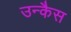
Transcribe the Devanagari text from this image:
उन्कैस